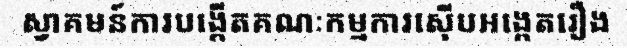
ស្វាគមន៍ការបង្កើតគណៈកម្មការស៊ើបអង្កេតរឿង